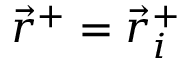
\vec { r } ^ { + } = \vec { r } _ { i } ^ { + }